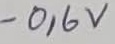
Text: -0,6V